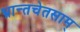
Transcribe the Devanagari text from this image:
भ्रान्तचेतसाम्